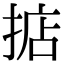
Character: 掂